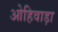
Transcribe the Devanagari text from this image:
ओहिवाड़ा